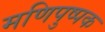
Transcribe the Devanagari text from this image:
मणिपुष्पक